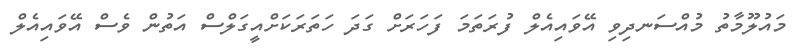
މައުލޫމާތު މުއްސަނދިވި އޭވައިއެލް ފުރަތަމަ ފަހަރަށް ގަދަ ހަތަރަކަށްއީގަލްސް އަތުން ވެސް އޭވައިއެލް